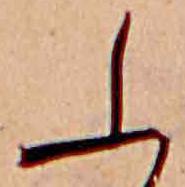
ふ